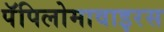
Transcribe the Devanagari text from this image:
पॅपिलोमावाइरस